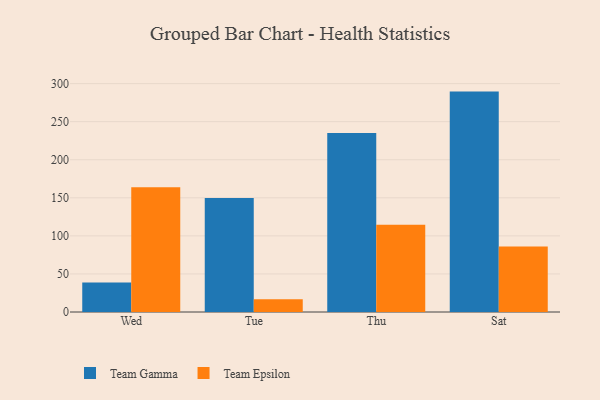
{"axis": {"x": "Day", "y": "Page Views"}, "legend": ["Team Epsilon", "Team Gamma"], "data": [{"x": "Wed", "y": 38.7, "type": "Team Gamma"}, {"x": "Wed", "y": 164.0, "type": "Team Epsilon"}, {"x": "Tue", "y": 149.8, "type": "Team Gamma"}, {"x": "Tue", "y": 16.8, "type": "Team Epsilon"}, {"x": "Thu", "y": 235.0, "type": "Team Gamma"}, {"x": "Thu", "y": 114.6, "type": "Team Epsilon"}, {"x": "Sat", "y": 289.5, "type": "Team Gamma"}, {"x": "Sat", "y": 85.9, "type": "Team Epsilon"}]}